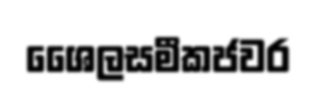
ශෛලසමීකජවර